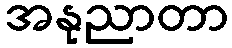
အနုညာတာ